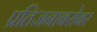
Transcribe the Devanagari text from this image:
प्रतिजनाबरोबर